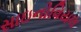
સાઇનોવિયલ